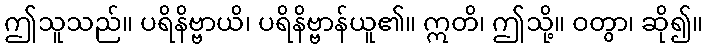
ဤသူသည်။ ပရိနိဗ္ဗာယိ၊ ပရိနိဗ္ဗာန်ယူ၏။ ဣတိ၊ ဤသို့။ ဝတွာ၊ ဆို၍။